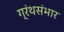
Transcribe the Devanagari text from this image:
ग्रंथसंभार